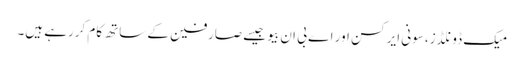
میک ڈونلڈز، سونی ایرکسن اور اے بی ان بیو جیسے صارفین کے ساتھ کام کررہے ہیں۔